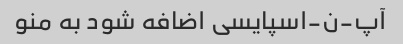
آپ-ن-اسپایسی اضافه شود به منو